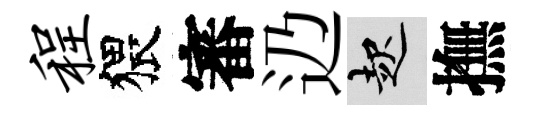
程猥審辸起撫